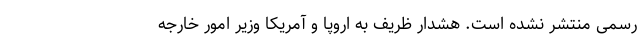
رسمی منتشر نشده است. هشدار ظریف به اروپا و آمریکا وزیر امور خارجه